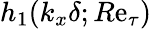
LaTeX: h_{1}(k_{x}\delta;R\mathrm{e}_{\tau})